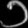
Digit: ၁